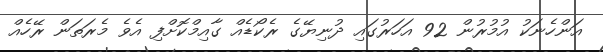
އަންހެނަކު އުމުރުން 92 އަހަރުގައި ދުނިޔޭގެ ރެކޯޑެއް ގާއިމްކޮށްފި އެވެ މެރަތަން ރޭހެއް